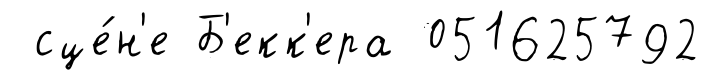
сце́н'е Б'екк'ера 051625792